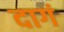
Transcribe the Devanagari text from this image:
दागं